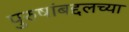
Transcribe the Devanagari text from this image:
पुरुषांबद्दलच्या